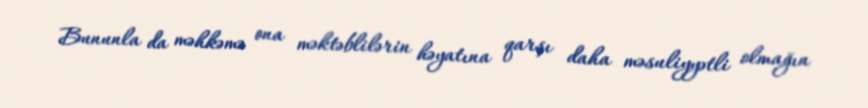
Bununla da məhkəmə ona məktəblilərin həyatına qarşı daha məsuliyyətli olmağın